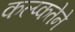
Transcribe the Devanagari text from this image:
कल्प्कतेने